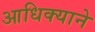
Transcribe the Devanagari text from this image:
आधिक्याने